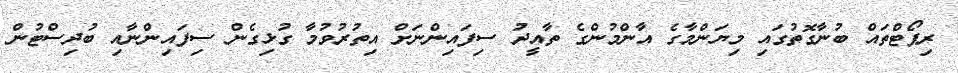
ރިޕޯޓްތައް ބުނާގޮތުގައި މިޔަންމާގެ އާންމުންގެ ތާއީދު ސިފައިންނަށް އިތުރުވުމާ ގުޅިގެން ސިފައިންނާއި ބުދިސްޓުން